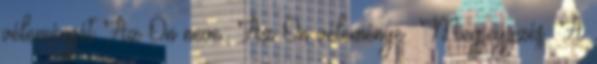
véleményét Az Ön neve: Az Ön véleménye: Megjegyzés: A